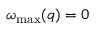
\omega _ { \mathrm { m a x } } ( q ) = 0